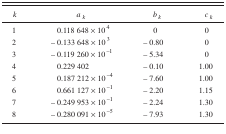
<table><thead><tr><td><b><i>k</i></b></td><td><b><i>a<sub>k</sub></i></b></td><td><b><i>b<sub>k</sub></i></b></td><td><b><i>c<sub>k</sub></i></b></td></tr></thead><tbody><tr><td>1</td><td>0.118 648 × 10<sup>4</sup></td><td>0</td><td>0</td></tr><tr><td>2</td><td>−0.133 648 × 10<sup>3</sup></td><td>−0.80</td><td>0</td></tr><tr><td>3</td><td>−0.119 260 × 10<sup>−1</sup></td><td>−5.34</td><td>0</td></tr><tr><td>4</td><td>0.229 402</td><td>−0.10</td><td>1.00</td></tr><tr><td>5</td><td>0.187 212 × 10<sup>−4</sup></td><td>−7.60</td><td>1.00</td></tr><tr><td>6</td><td>0.661 127 × 10<sup>−1</sup></td><td>−2.20</td><td>1.15</td></tr><tr><td>7</td><td>−0.249 953 × 10<sup>−1</sup></td><td>−2.24</td><td>1.30</td></tr><tr><td>8</td><td>−0.280 091 × 10<sup>−5</sup></td><td>−7.93</td><td>1.30</td></tr></tbody></table>